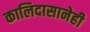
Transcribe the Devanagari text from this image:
कालिदासानेही